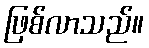
ဖြစ်လာသည်။